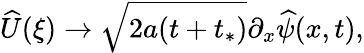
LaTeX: \widehat{U}(\xi)\to\sqrt{2a(t+t_{*})}\partial_{x}\widehat{\psi}(x,t),